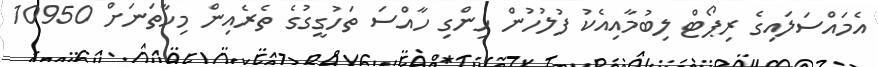
އެމައްސަލައިގެ ރިޕޯޓް ލިބުމާއިއެކު ފުލުހުން ހިންގި ހާއްސަ ތަހުގީގުގެ ތެރެއިން މިހާތަނަށް 10950